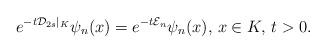
LaTeX: \begin{align*}e^{-t \mathcal{D}_{2s}|_{K}} \psi_n(x)=e^{-t \mathcal{E}_{n}} \psi_n(x), \, x\in K, \, t>0.\end{align*}